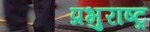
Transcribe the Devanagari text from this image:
प्रभुराष्ट्र